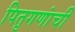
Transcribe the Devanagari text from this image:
पितृगणांची